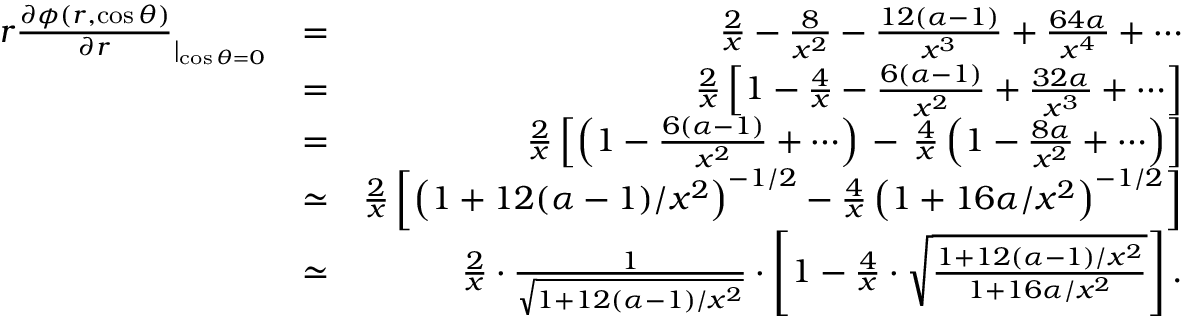
\begin{array} { r l r } { r \frac { \partial \phi ( r , \cos \theta ) } { \partial r } _ { | _ { \cos \theta = 0 } } } & { = } & { \frac { 2 } { x } - \frac { 8 } { x ^ { 2 } } - \frac { 1 2 ( \alpha - 1 ) } { x ^ { 3 } } + \frac { 6 4 \alpha } { x ^ { 4 } } + \cdots } \\ & { = } & { \frac { 2 } { x } \left[ 1 - \frac { 4 } { x } - \frac { 6 ( \alpha - 1 ) } { x ^ { 2 } } + \frac { 3 2 \alpha } { x ^ { 3 } } + \cdots \right] } \\ & { = } & { \frac { 2 } { x } \left[ \left( 1 - \frac { 6 ( \alpha - 1 ) } { x ^ { 2 } } + \cdots \right) \, - \, \frac { 4 } { x } \left( 1 - \frac { 8 \alpha } { x ^ { 2 } } + \cdots \right) \right] } \\ & { \simeq } & { \frac { 2 } { x } \left[ \left( 1 + 1 2 ( \alpha - 1 ) / x ^ { 2 } \right) ^ { - 1 / 2 } - \frac { 4 } { x } \left( 1 + 1 6 \alpha / x ^ { 2 } \right) ^ { - 1 / 2 } \right] } \\ & { \simeq } & { \frac { 2 } { x } \cdot \frac { 1 } { \sqrt { 1 + 1 2 ( \alpha - 1 ) / x ^ { 2 } } } \cdot \left[ 1 - \frac { 4 } { x } \cdot \sqrt { \frac { 1 + 1 2 ( \alpha - 1 ) / x ^ { 2 } } { 1 + 1 6 \alpha / x ^ { 2 } } } \right] . } \end{array}